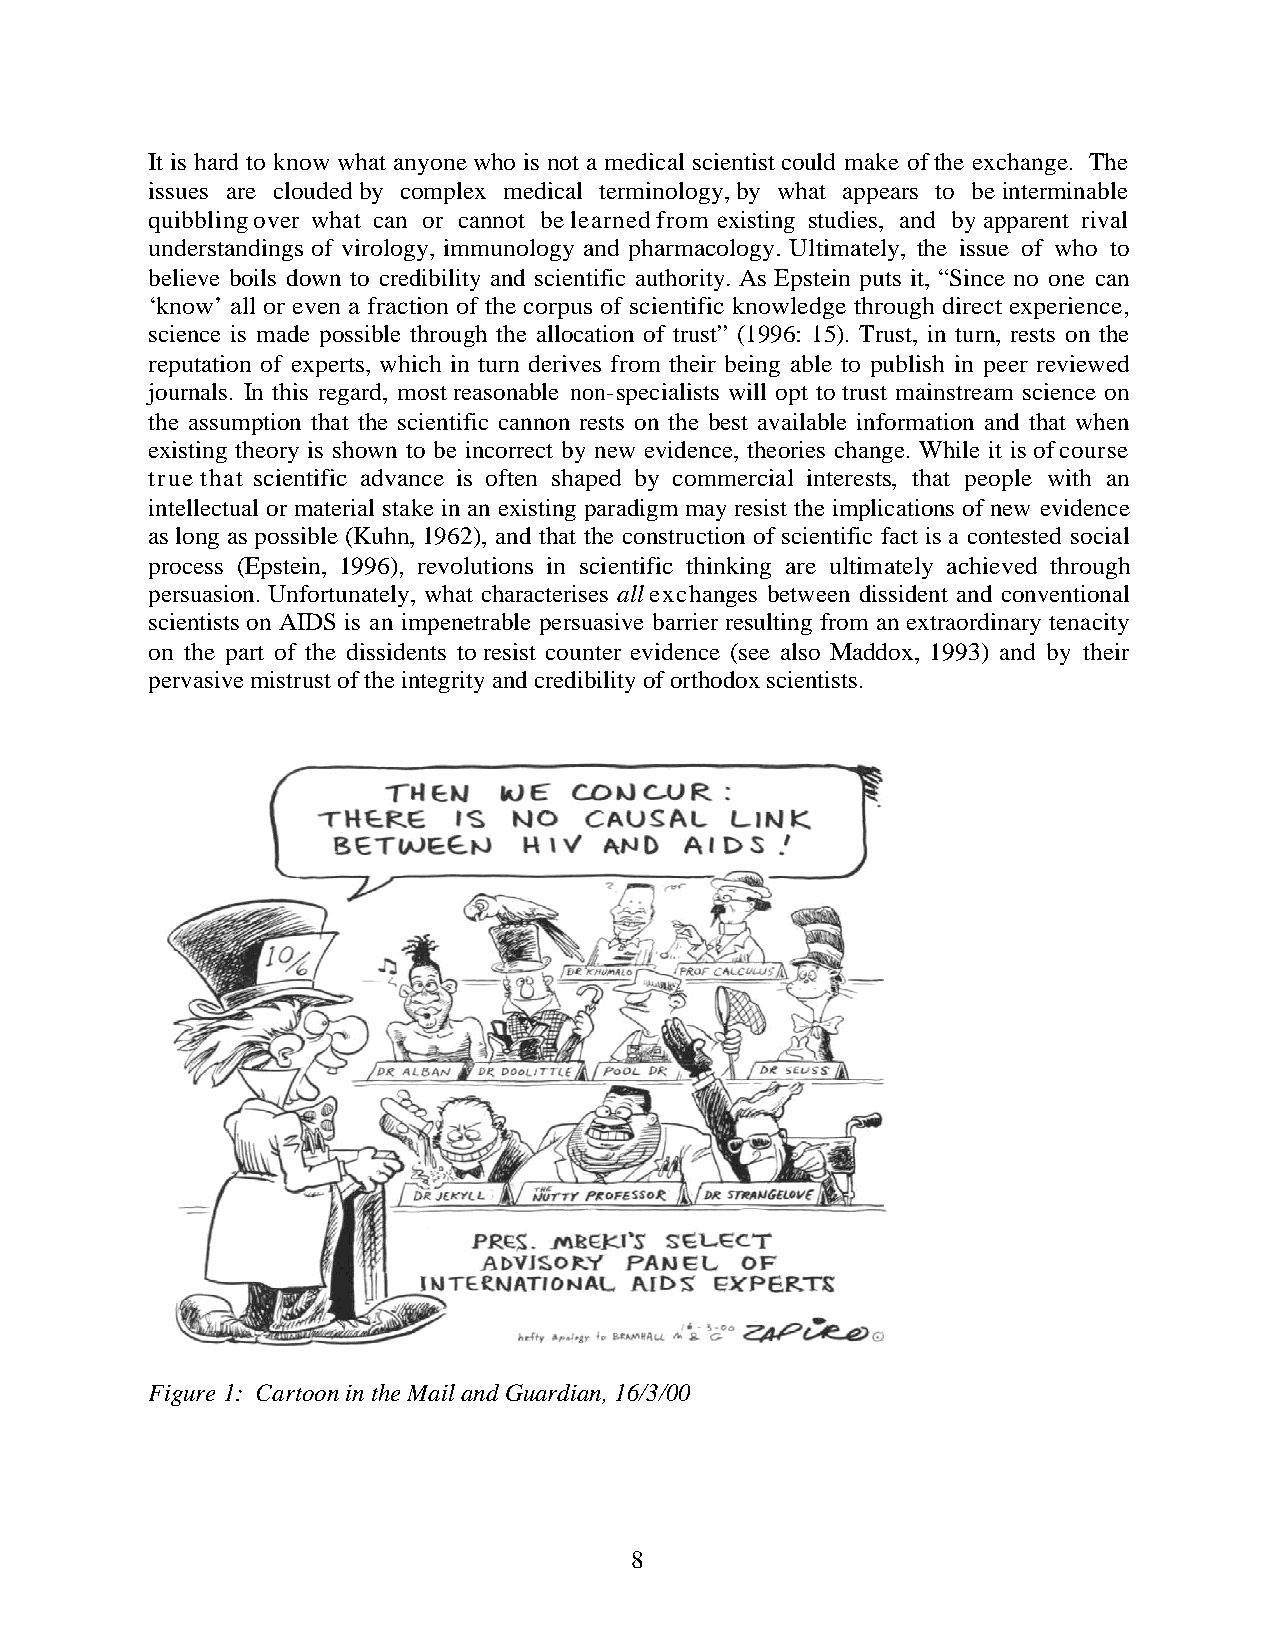
It is hard to know what anyone who is not a medical scientist could make of the exchange. The
 issues are clouded by complex medical terminology, by what appears to be interminable
 quibbling over what can or cannot be learned from existing studies, and by apparent rival
 understandings of virology, immunology and pharmacology. Ultimately, the issue of who to
 believe boils down to credibility and scientific authority. As Epstein puts it, “Since no one can
 ‘know’ all or even a fraction of the corpus of scientific knowledge through direct experience,
 science is made possible through the allocation of trust” (1996: 15). Trust, in turn, rests on the
 reputation of experts, which in turn derives from their being able to publish in peer reviewed
 journals. In this regard, most reasonable non-specialists will opt to trust mainstream science on
 the assumption that the scientific cannon rests on the best available information and that when
 existing theory is shown to be incorrect by new evidence, theories change. While it is of course
 true that scientific advance is often shaped by commercial interests, that people with an
 intellectual or material stake in an existing paradigm may resist the implications of new evidence
 as long as possible (Kuhn, 1962), and that the construction of scientific fact is a contested social
 process (Epstein, 1996), revolutions in scientific thinking are ultimately achieved through
 persuasion. Unfortunately, what characterises all exchanges between dissident and conventional
 scientists on AIDS is an impenetrable persuasive barrier resulting from an extraordinary tenacity
 on the part of the dissidents to resist counter evidence (see also Maddox, 1993) and by their
 pervasive mistrust of the integrity and credibility of orthodox scientists.
 Figure 1: Cartoon in the Mail and Guardian, 16/3/00
 8